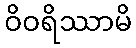
ဝိဝရိဿာမိ